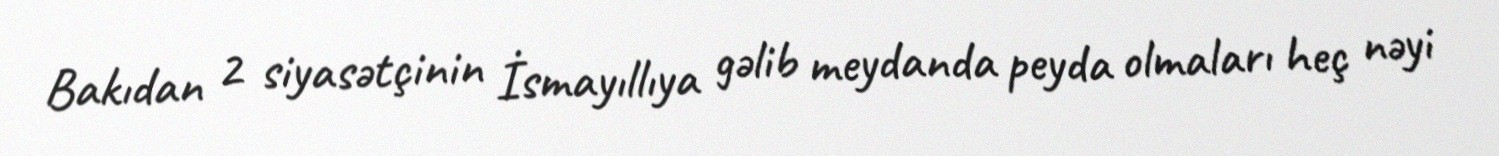
Bakıdan 2 siyasətçinin İsmayıllıya gəlib meydanda peyda olmaları heç nəyi